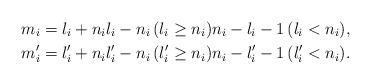
LaTeX: \begin{align*}&m_i = l_i + n_i l_i - n_i\, (l_i \geq n_i) n_i - l_i - 1 \,(l_i < n_i), \\&m'_i = l'_i + n_i l'_i - n_i \,(l'_i \geq n_i) n_i - l'_i - 1 \,(l'_i < n_i).\end{align*}